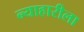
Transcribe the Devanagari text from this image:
न्याहारीला